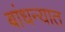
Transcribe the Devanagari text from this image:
बांधन्यात